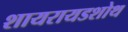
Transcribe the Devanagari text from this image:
शायरायडशोथ